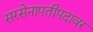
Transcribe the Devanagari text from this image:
सरसेनापतीपदावर